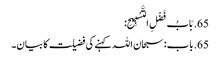
65. بَابُ فَضْلِ التَّسْبِیحِ:
65. باب: سبحان اللہ کہنے کی فضیلت کا بیان۔